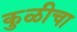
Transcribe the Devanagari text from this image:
कुळीचा